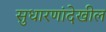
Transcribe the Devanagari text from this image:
सुधारणांदेखील